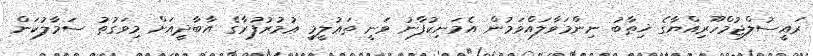
ރައީސުލްޖުމްހޫރިއްޔާގެ ޚިޠާބު ނިންމަވާލައްވަމުން އެމަނިކުފާނު ވަނީ ތަޢުލީމީ ޢުމުރުފުރާގެ އާބާދީއަށް މިވަގުތު ސަމާލުކަން